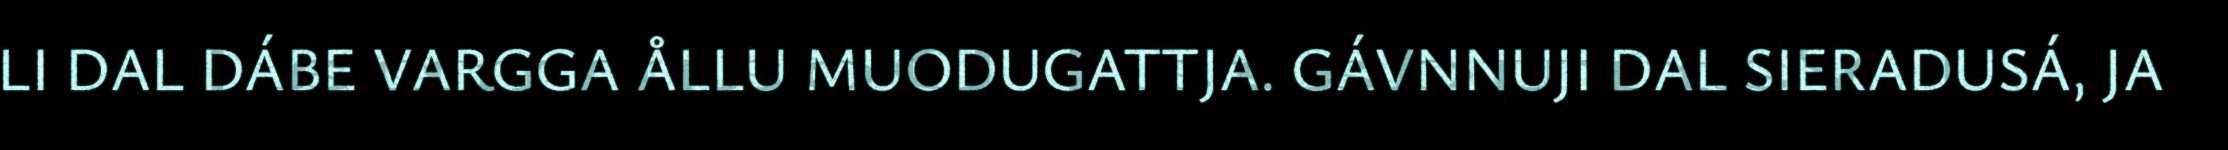
LI DAL DÁBE VARGGA ÅLLU MUODUGATTJA. GÁVNNUJI DAL SIERADUSÁ, JA